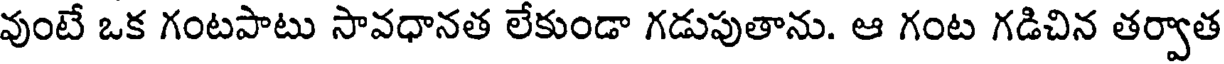
వుంటే ఒక గంటపాటు సావధానత లేకుండా గడుపుతాను. ఆ గంట గడిచిన తర్వాత